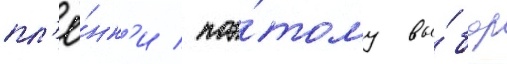
пл'ё́нк'и / поэ́тому вы́бор